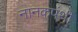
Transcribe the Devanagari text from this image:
नानकपंथी